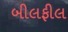
બીલફીલ